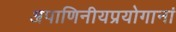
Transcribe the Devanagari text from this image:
अपाणिनीयप्रयोगानां